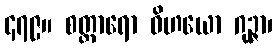
၄၇၉။ စတ္တာရော ဝိဟယော ဂုဉ္ဇာ၊